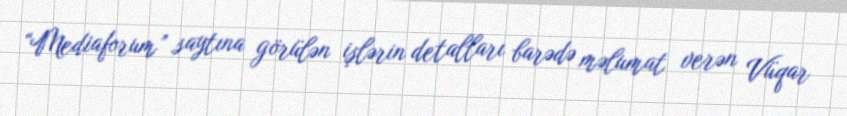
“Mediaforum” saytına görülən işlərin detalları barədə məlumat verən Vüqar